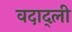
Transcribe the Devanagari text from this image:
वदाद्ली